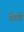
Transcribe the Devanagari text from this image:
शेंगाही